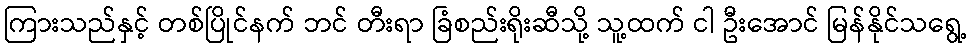
ကြားသည်နှင့် တစ်ပြိုင်နက် ဘင် တီးရာ ခြံစည်းရိုးဆီသို့ သူ့ထက် ငါ ဦးအောင် မြန်နိုင်သရွေ့